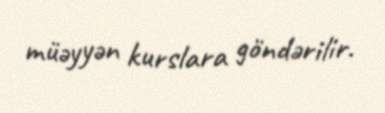
müəyyən kurslara göndərilir.